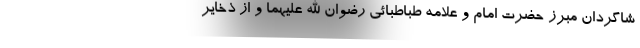
شاگردان مبرز حضرت امام و علامه طباطبائی رضوان الله علیهما و از ذخایر